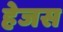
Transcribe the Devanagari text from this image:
हेजस